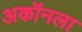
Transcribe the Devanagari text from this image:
अकॉनला